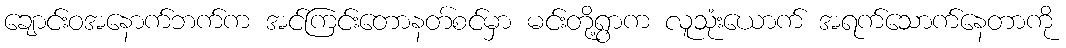
ချောင်းဝအနောက်ဘက်က အင်ကြင်းတောနတ်စင်မှာ မင်းတို့ရွာက လူသုံးယောက် အရက်သောက်နေတာကို